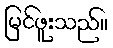
မြင်ဖူးသည်။